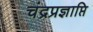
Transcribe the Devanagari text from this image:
चंद्रप्रज्ञाप्ति